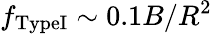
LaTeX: f_{\mathrm{TypeI}}\sim 0.1B/R^{2}